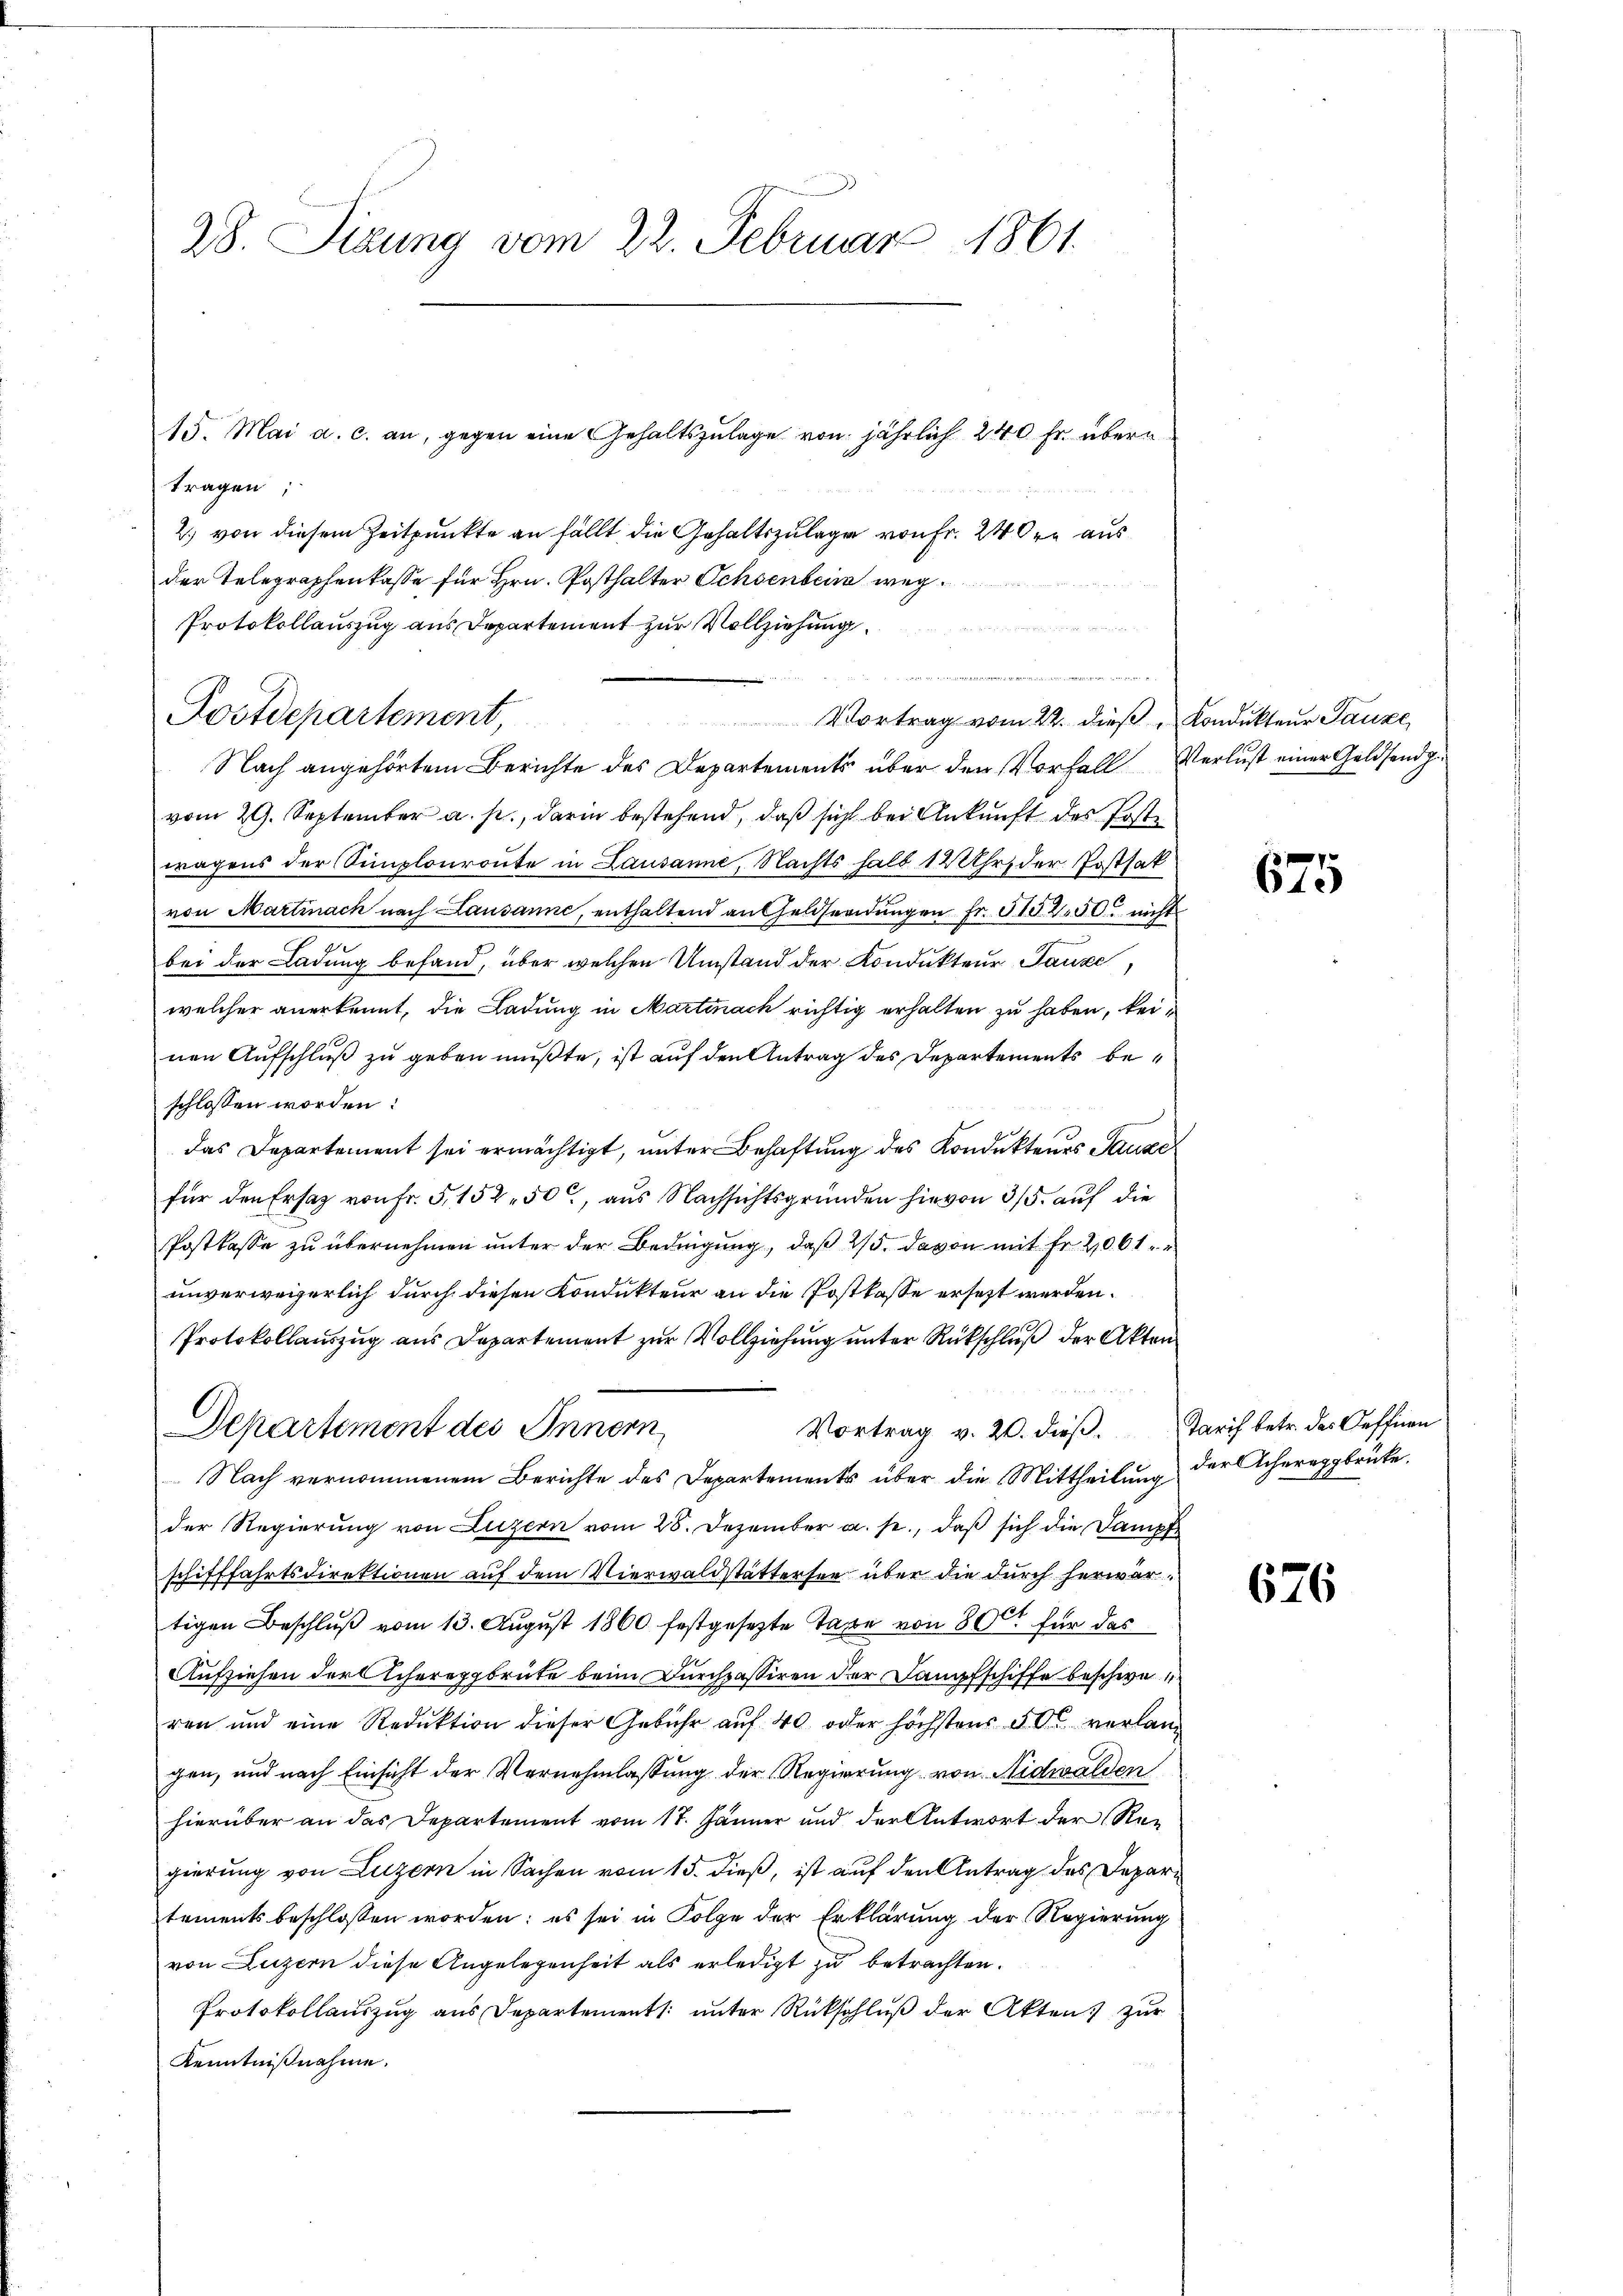
28. Sitzung vom 22. Februar 1861.

15. Mai a. c. an, gegen eine Gehaltszulage von jährlich 240 fr. übera

tragen;
2) von diesem Zeitpunkte an fällt die Gehaltszulage von Fr. 240 aus
der Telegraphenkasse für Hrn. Posthalter Ochsenbein weg
Protokollauszug aus Departement zur Vollziehung

Postdepartement,
Nach angehörtem Berichte des Departements über den Vorfall Verlust einer Geldsend ge
vom 29. September a. p., darin bestehend, daß sich bei Ankunft des Postwagens der Simplonroute in Lausanne, Nachts halb 12 Uhr, der Postsak
von Martinach nach Lausanne, enthaltend an Geldsendŭngen fr. 315 250 nicht
bei der Ladung befand, über welchen Umstand der Kondukteur, Tanze
welcher anerkennt, die Ladung in Martinach richtig erhalten zu haben, keinen Aufschluß zu geben mußte, ist auf den Antrag des Departements beschlossen worden:
das Departement sei ermächtigt, unter Behaftung des Kondukteurs Sause
für den Ersatz von Fr. 5. 152. 50, aus Nachsichtsgründen hievon 3/5. auf die
Postkasse zu übernehmen unter der Bedingung, daß 25. davon mit Fr. 2061
unverweigerlich durch diesen Kondukteur an die Postkasse ersetzt werden.
Protokollauszug aus Departement zur Vollziehung unter Rückschluß der Akten
Vortrag v. 20. dieβ. Tarif betr. des Oeffnen
Departement des Innern
Nach vernommenem Berichte des Departements über die Mittheilung
der Regierung von Luzern vom 28. Dezember a. s., daß sich die Dampfe
schifffahrtsdirektionen auf dem Vierwaldstättersee über die durch herwartigen Beschluß vom 13. August 1860 festgesezte Taxe von 800 für das
Aufziehen der Acherepgbrüte beim Durchpassiren der Dampfschiffe beschwe
ren und eine Reduktion dieser Gebühr auf 40 oder höchstens 50 verlang
gen, und nach Einsicht der Vernehmlassung der Regierung von Nidwalden
hierüber an das Departement vom 17. Jänner und der Antwort der Regierung von Luzern in Sachen vom 15. dieß, ist auf den Antrag des Departements beschlossen worden; es sei in Folge der Erklärung der Regierung
von Luzern diese Angelegenheit als erledigt zu betrachten.
Protokollauszug aus Departements unter Rückschluß der Akten zur
Kenntnißnahme.

14 erth an die
Vortrag vom 22. dieß Kondukteur Pauze

675

der Achereggbrücke.

676